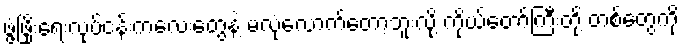
ဖွံ့ဖြိုးရေးလုပ်ငန်းကလေးတွေနဲ့ မလုံလောက်တော့ဘူးလို့ ကိုယ်တော်ကြီးတို့ တစ်တွေကို